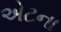
એટના